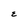
Character: E